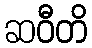
ဆဝီတိ